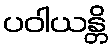
ပဝါယန္တိ